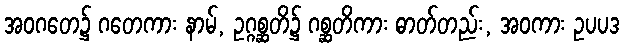
အဝဂတေ၌ ဂတေကား နာမ်, ဥဂ္ဂစ္ဆတိ၌ ဂစ္ဆတိကား ဓာတ်တည်း, အဝကား ဥပပဒ